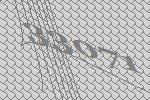
33071